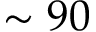
\sim 9 0